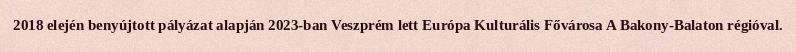
2018 elején benyújtott pályázat alapján 2023-ban Veszprém lett Európa Kulturális Fővárosa A Bakony-Balaton régióval.